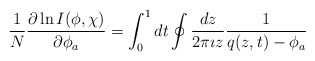
\begin{align*}\frac{1}{N}\frac{\partial \ln I(\phi,\chi)}{\partial \phi_a} = \int_0^1 dt\oint \frac{dz}{2\pi \imath z} \frac{1}{q(z,t)-\phi_a}\end{align*}